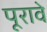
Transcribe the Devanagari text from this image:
पूरावे